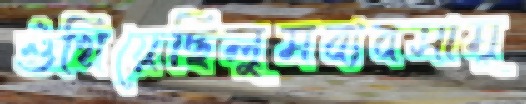
শুঁখিয়েছিলুমব্যবসামূ